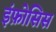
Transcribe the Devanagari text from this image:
इंफ़ोसिस